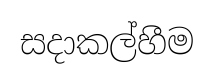
සදාකල්හීම